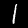
Digit: 1